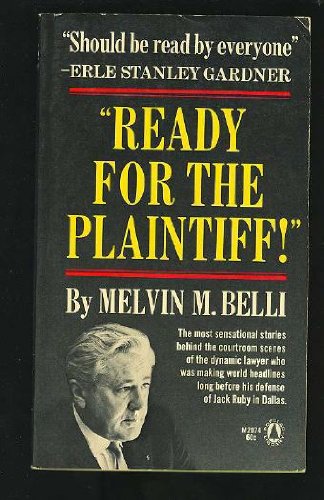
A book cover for "Ready for the plaintiff!" (Popular library edition); Melvin M Belli; Law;